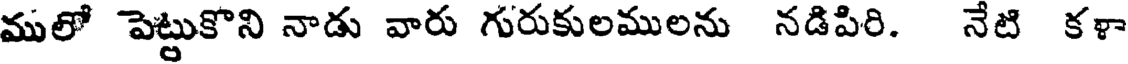
ములో పెట్టుకొని నాడు వారు గురుకులములను నడిపిరి. నేటి కళా